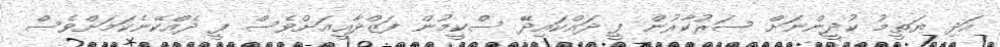
އަދި ޔަތީމު ކުދީންނަށް ސަރުކާރުން ފީ ދައްކައިދޭ ސްކީމުން ފަޒްދާއީއަށްވެސް ފީ ދެއްކޭނެކަމަށްވެސް